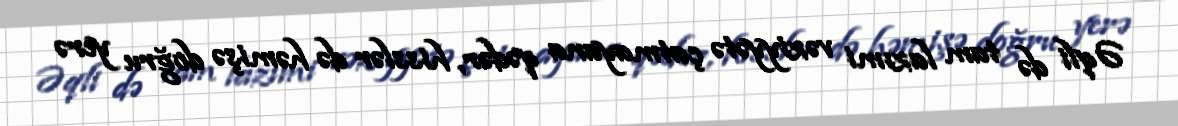
Əqli də tam lazımi vəziyyətə çatmayana qədər, hisslər də həmişə doğru yerə